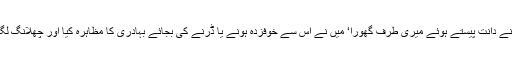
لمبے لڑکے نے دانت پیستے ہوئے میری طرف گھورا‘ میں نے اُس سے خوفزدہ ہونے یا ڈرنے کی بجائے بہادری کا مظاہرہ کیا اور چھلانگ لگا کر دوڑ گیا۔